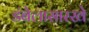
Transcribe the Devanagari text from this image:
डंबेलासारखे